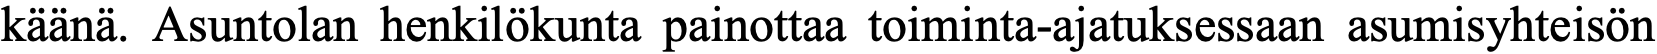
käänä. Asuntolan henkilökunta painottaa toiminta-ajatuksessaan asumisyhteisön